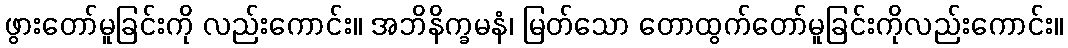
ဖွားတော်မူခြင်းကို လည်းကောင်း။ အဘိနိက္ခမနံ၊ မြတ်သော တောထွက်တော်မူခြင်းကိုလည်းကောင်း။